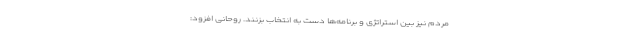
مردم نیز بین استراتژی و برنامه‌ها دست به انتخاب بزنند. روحانی افزود: